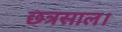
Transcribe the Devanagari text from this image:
छत्रसाल।